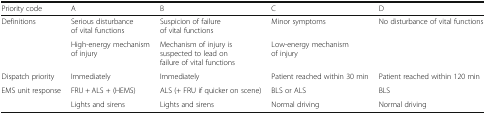
| Priority code | A | B | C | D |
 | --- | --- | --- | --- | --- |
 | <ROWSPAN=2> Definitions | Serious disturbance of vital functions | Suspicion of failure of vital functions | Minor symptoms | No disturbance of vital functions |
 | High-energy mechanism of injury | Mechanism of injury is suspected to lead on failure of vital functions | Low-energy mechanism of injury |  |
 | Dispatch priority | Immediately | Immediately | Patient reached within 30 min | Patient reached within 120 min |
 | <ROWSPAN=2> EMS unit response | FRU + ALS + (HEMS) | ALS (+ FRU if quicker on scene) | BLS or ALS | BLS |
 | Lights and sirens | Lights and sirens | Normal driving | Normal driving |